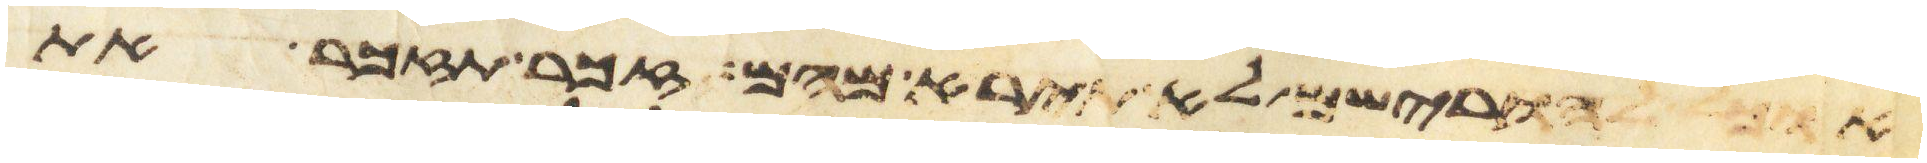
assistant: אוכל להורישם לא תירא מהם זכר תזכר את